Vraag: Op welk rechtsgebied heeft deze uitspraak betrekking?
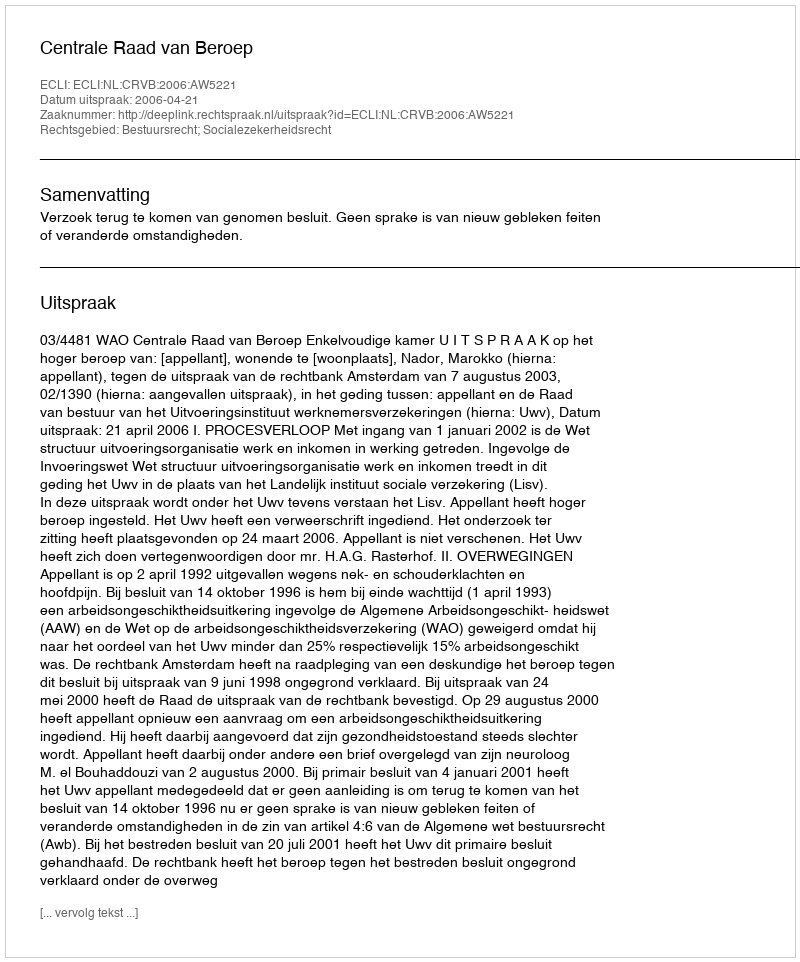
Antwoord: Bestuursrecht; Socialezekerheidsrecht